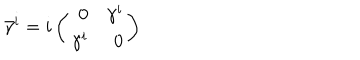
LaTeX: \bar { \gamma } ^ { i } = i \left( \begin{array} { r r } { { 0 } } & { { \gamma ^ { i } } } \\ { { \gamma ^ { i } } } & { { 0 } } \\ \end{array} \right)